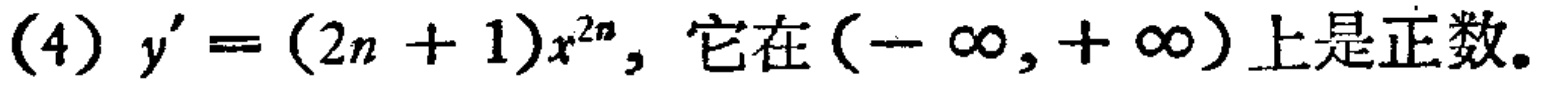
(4) \(y'=(2n + 1)x^{2n}\), 它在\((-\infty,+\infty)\)上是正数。